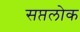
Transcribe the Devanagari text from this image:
सप्तलोक